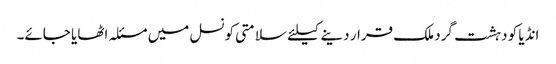
انڈیا کو دہشت گرد ملک قرار دینے کیلئے سلامتی کونسل میں مسئلہ اٹھایا جائے۔